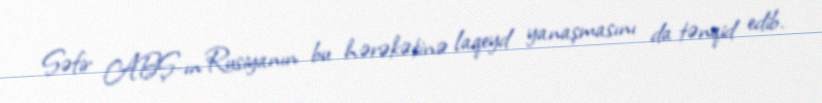
Səfir ABŞ-ın Rusiyanın bu hərəkətinə laqeyd yanaşmasını da tənqid edib.